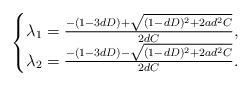
LaTeX: \begin{align*}\begin{cases}\lambda_{1} = \frac{-(1 - 3 d D) + \sqrt{(1 - d D )^{2} + 2 a d^{2} C}}{2 d C}, \\\lambda_{2} = \frac{-(1 - 3 d D) - \sqrt{(1 - d D )^{2} + 2 a d^{2} C}}{2 d C}.\end{cases}\end{align*}